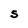
Character: S